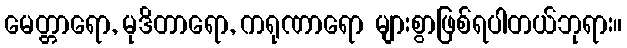
မေတ္တာရော, မုဒိတာရော, ကရုဏာရော များစွာဖြစ်ရပါတယ်ဘုရား။